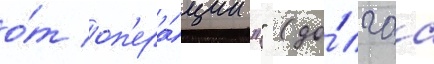
о́т оп'ера́ции "" (до́лгаа